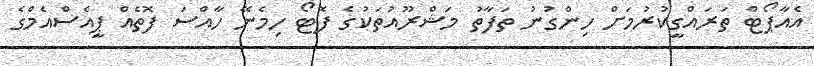
އެއާޕޯޓް ތަރައްގީކުރުމަށް ހިންގުނު ތަފާތު މަޝްރޫއުތަކުގެ ފޮޓޯ ހިމެނޭ ހާއްސަ ފޮތެއް ޕީއެސްއެމްގެ